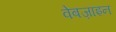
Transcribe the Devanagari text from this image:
वेबज़ाइन